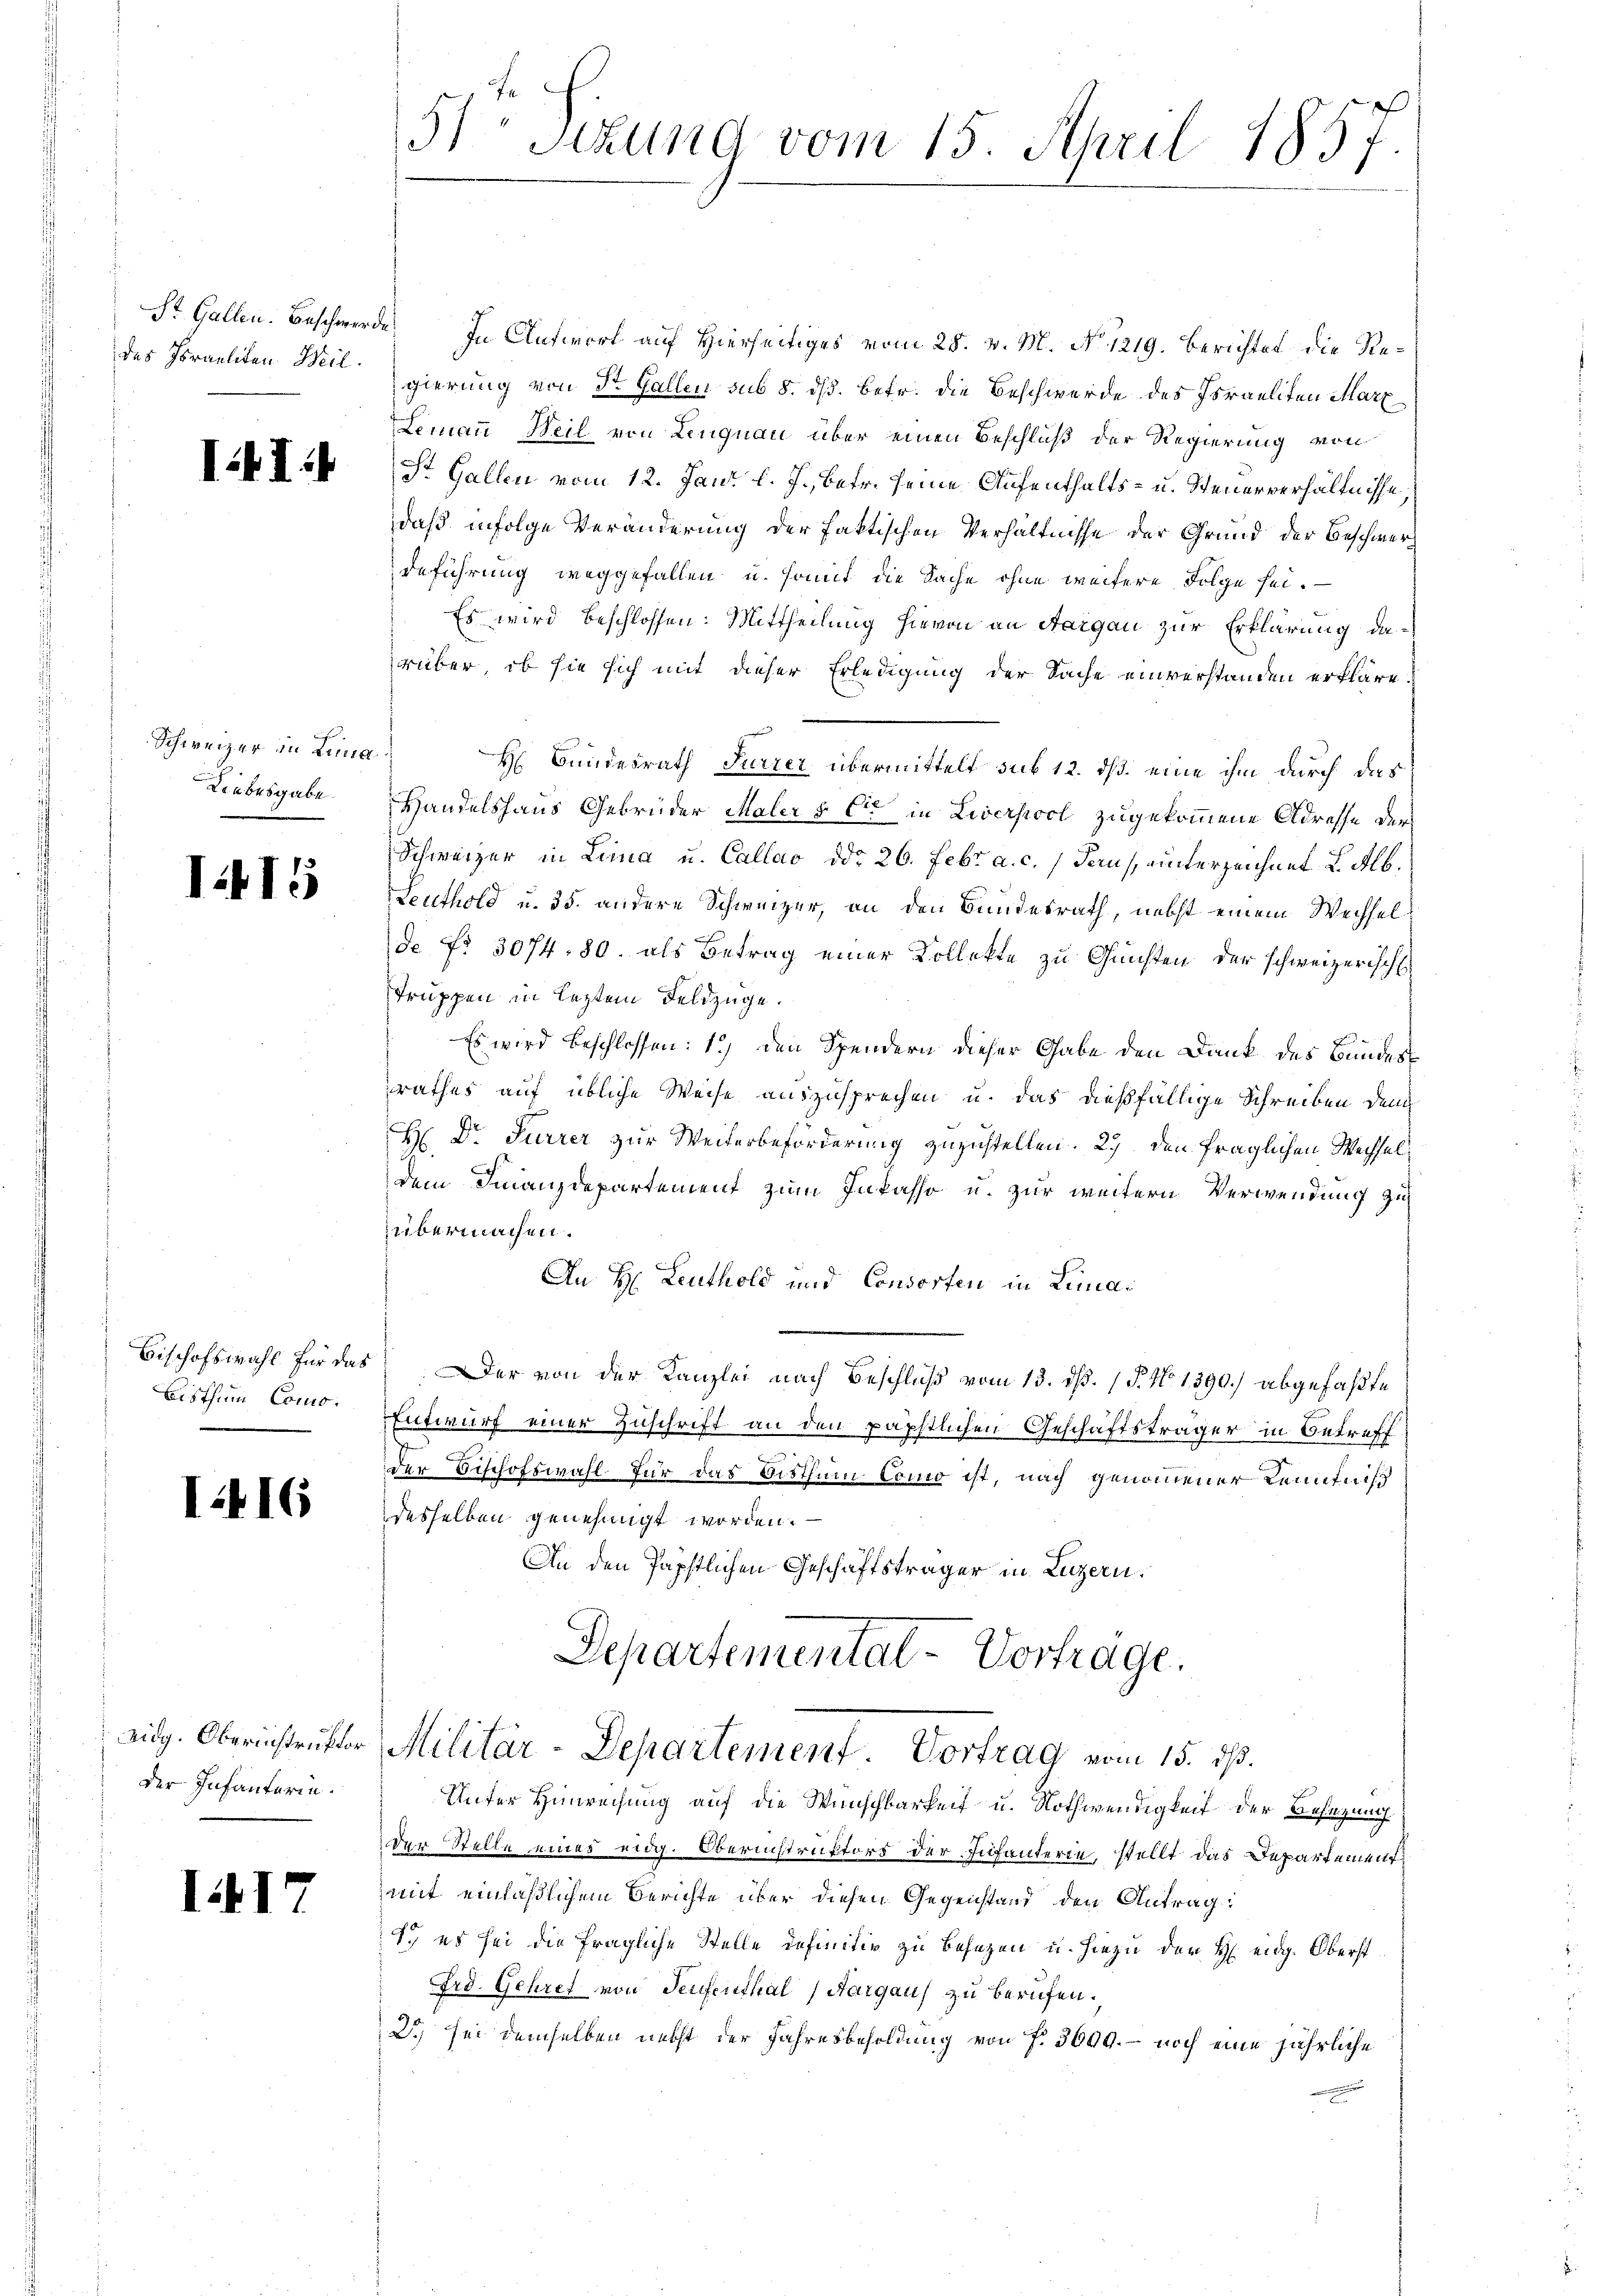
II.

Schweizer in Lina
Laubesgabe.

I.415

Bisthum Como¬

I416

der Infanterie.

I417

51 Sitzung vom 15. April 1857

St. Gallen. Beschwerde. In Antwort auf Hierseitiges vom 28. v. M. No. 1219. Berichter die Redes Israeliten Segierung von St. Gallen sub 8. dß. Betr. die Beschwerde des Israeliten Marx
Lemann Weil von Lengnau über einen Beschluß der Regierung von
St. Gallen vom 12. Jan. l. J., betr. seine Aufenthalts- u. Steuerverhältnisse,
daß infolge Veränderung der faktischen Verhältnisse der Grund der Beschwerdeführung weggefallen u. somit die Sache ohne weitere Folge sei.
Es wird beschlossen: Mittheilung hievon an Aargau zur Erklärung darüber, ob sie sich mit dieser Erledigung der Sache einverstanden erkläre.
H Bundesrath Furrer übermittelt sub 12. ds. eine ihm durch das
Handelshaus Gebrüder Maler & Cie in Liverstool zugekommene Adresse der
Schweizer in Lina u. Callao ddo 26. Febr. a. c.) deus, unterzeichnet u. Alb.
Leuthold u. 35. andere Schweizer, an den Bundesrath, nebst einem Wechselde No 3074. 80. als Betrag einer Kollekte zu Gunsten der schweizerische
Truppen in leztem Feldzüge.
Es wird beschlossen: 1) den Spendern dieser Gabe den Dank des Bundesrathes auf übliche Weise auszusprechen u. das dießfällige Schreiben dem
H Dr. Furrer zur Weiterbeförderung zuzustellen. 29. Den fraglichen Wechseldem Finanzdepartement zum Inkasso u. zur weitern Verwendung zu
übermachen.
An H: Leuthold und Consorten in Lima¬
Bischofswahl für das er von der Kanzlei nach Beschluß vom 13. ds. (T. No 1390.) abgefaßte
Entwurf einer Zuschrift an den päpstlichen Geschäftsträger in Betreff
der Bischofswahl für das Bisthum Como ist, nach genommener Kenntniß
desselben genehmigt worden.
An den Papstlichen Geschäftsträger in Luzern,
Departemental-Vorträge.
eidg. Oberinstruktor Militär-Departement. Vortrag vom 15. dß.
Unter Hinrechung auf die Wunschbarkeit u. Nothwendigkeit der Besizung
der Stelle eines eidg. Obernistruktors der Infanterie, stellt das Departement
mit einläßlichem Berichte über diesen Gegenstand den Antrag:
1.) es sei die fragliche Stelle definitiv zu besezen u. hiezu der H. eidg. Oberst
Frd. Gehret von Teufenthal, Aargau) zu berufen.
2. sei demselben nebst der Jahresbesoldung von f. 3600. – noch eine jährliche